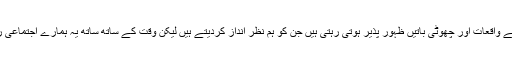
ہمارے ہاں بھی ایسے چھوٹے واقعات اور چھوٹی باتیں ظہور پذیر ہوتی رہتی ہیں جن کو ہم نظر انداز کردیتے ہیں لیکن وقت کے ساتھ ساتھ یہ ہمارے اجتماعی رویے کا حصہ بن جاتی ہیں۔